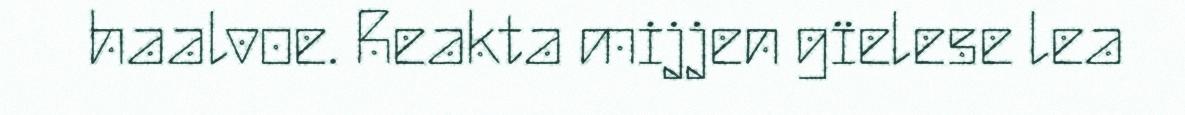
haalvoe. Reakta mijjen gïelese lea